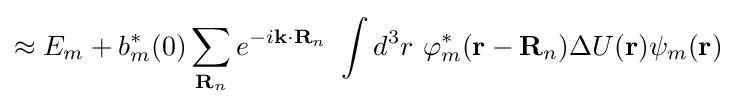
\approx E_{m}+b_{m}^{*}(0)\sum _{\mathbf {R} _{n}}e^{-i\mathbf {k} \cdot \mathbf {R} _{n}}\ \int d^{3}r\ \varphi _{m}^{*}(\mathbf {r} -\mathbf {R} _{n})\Delta U(\mathbf {r} )\psi _{m}(\mathbf {r} )\